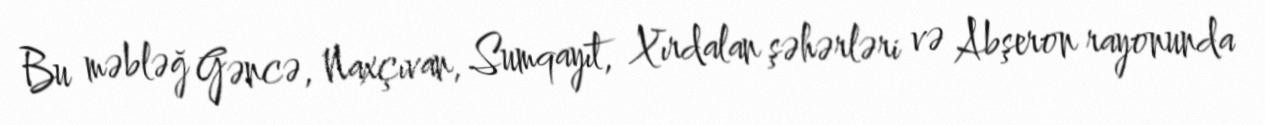
Bu məbləğ Gəncə, Naxçıvan, Sumqayıt, Xırdalan şəhərləri və Abşeron rayonunda